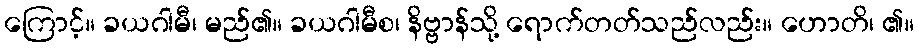
ကြောင့်။ ခယဂါမီ၊ မည်၏။ ခယဂါမီစ၊ နိဗ္ဗာန်သို့ ရောက်တတ်သည်လည်း။ ဟောတိ၊ ၏။